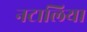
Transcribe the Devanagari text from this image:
नटालिया